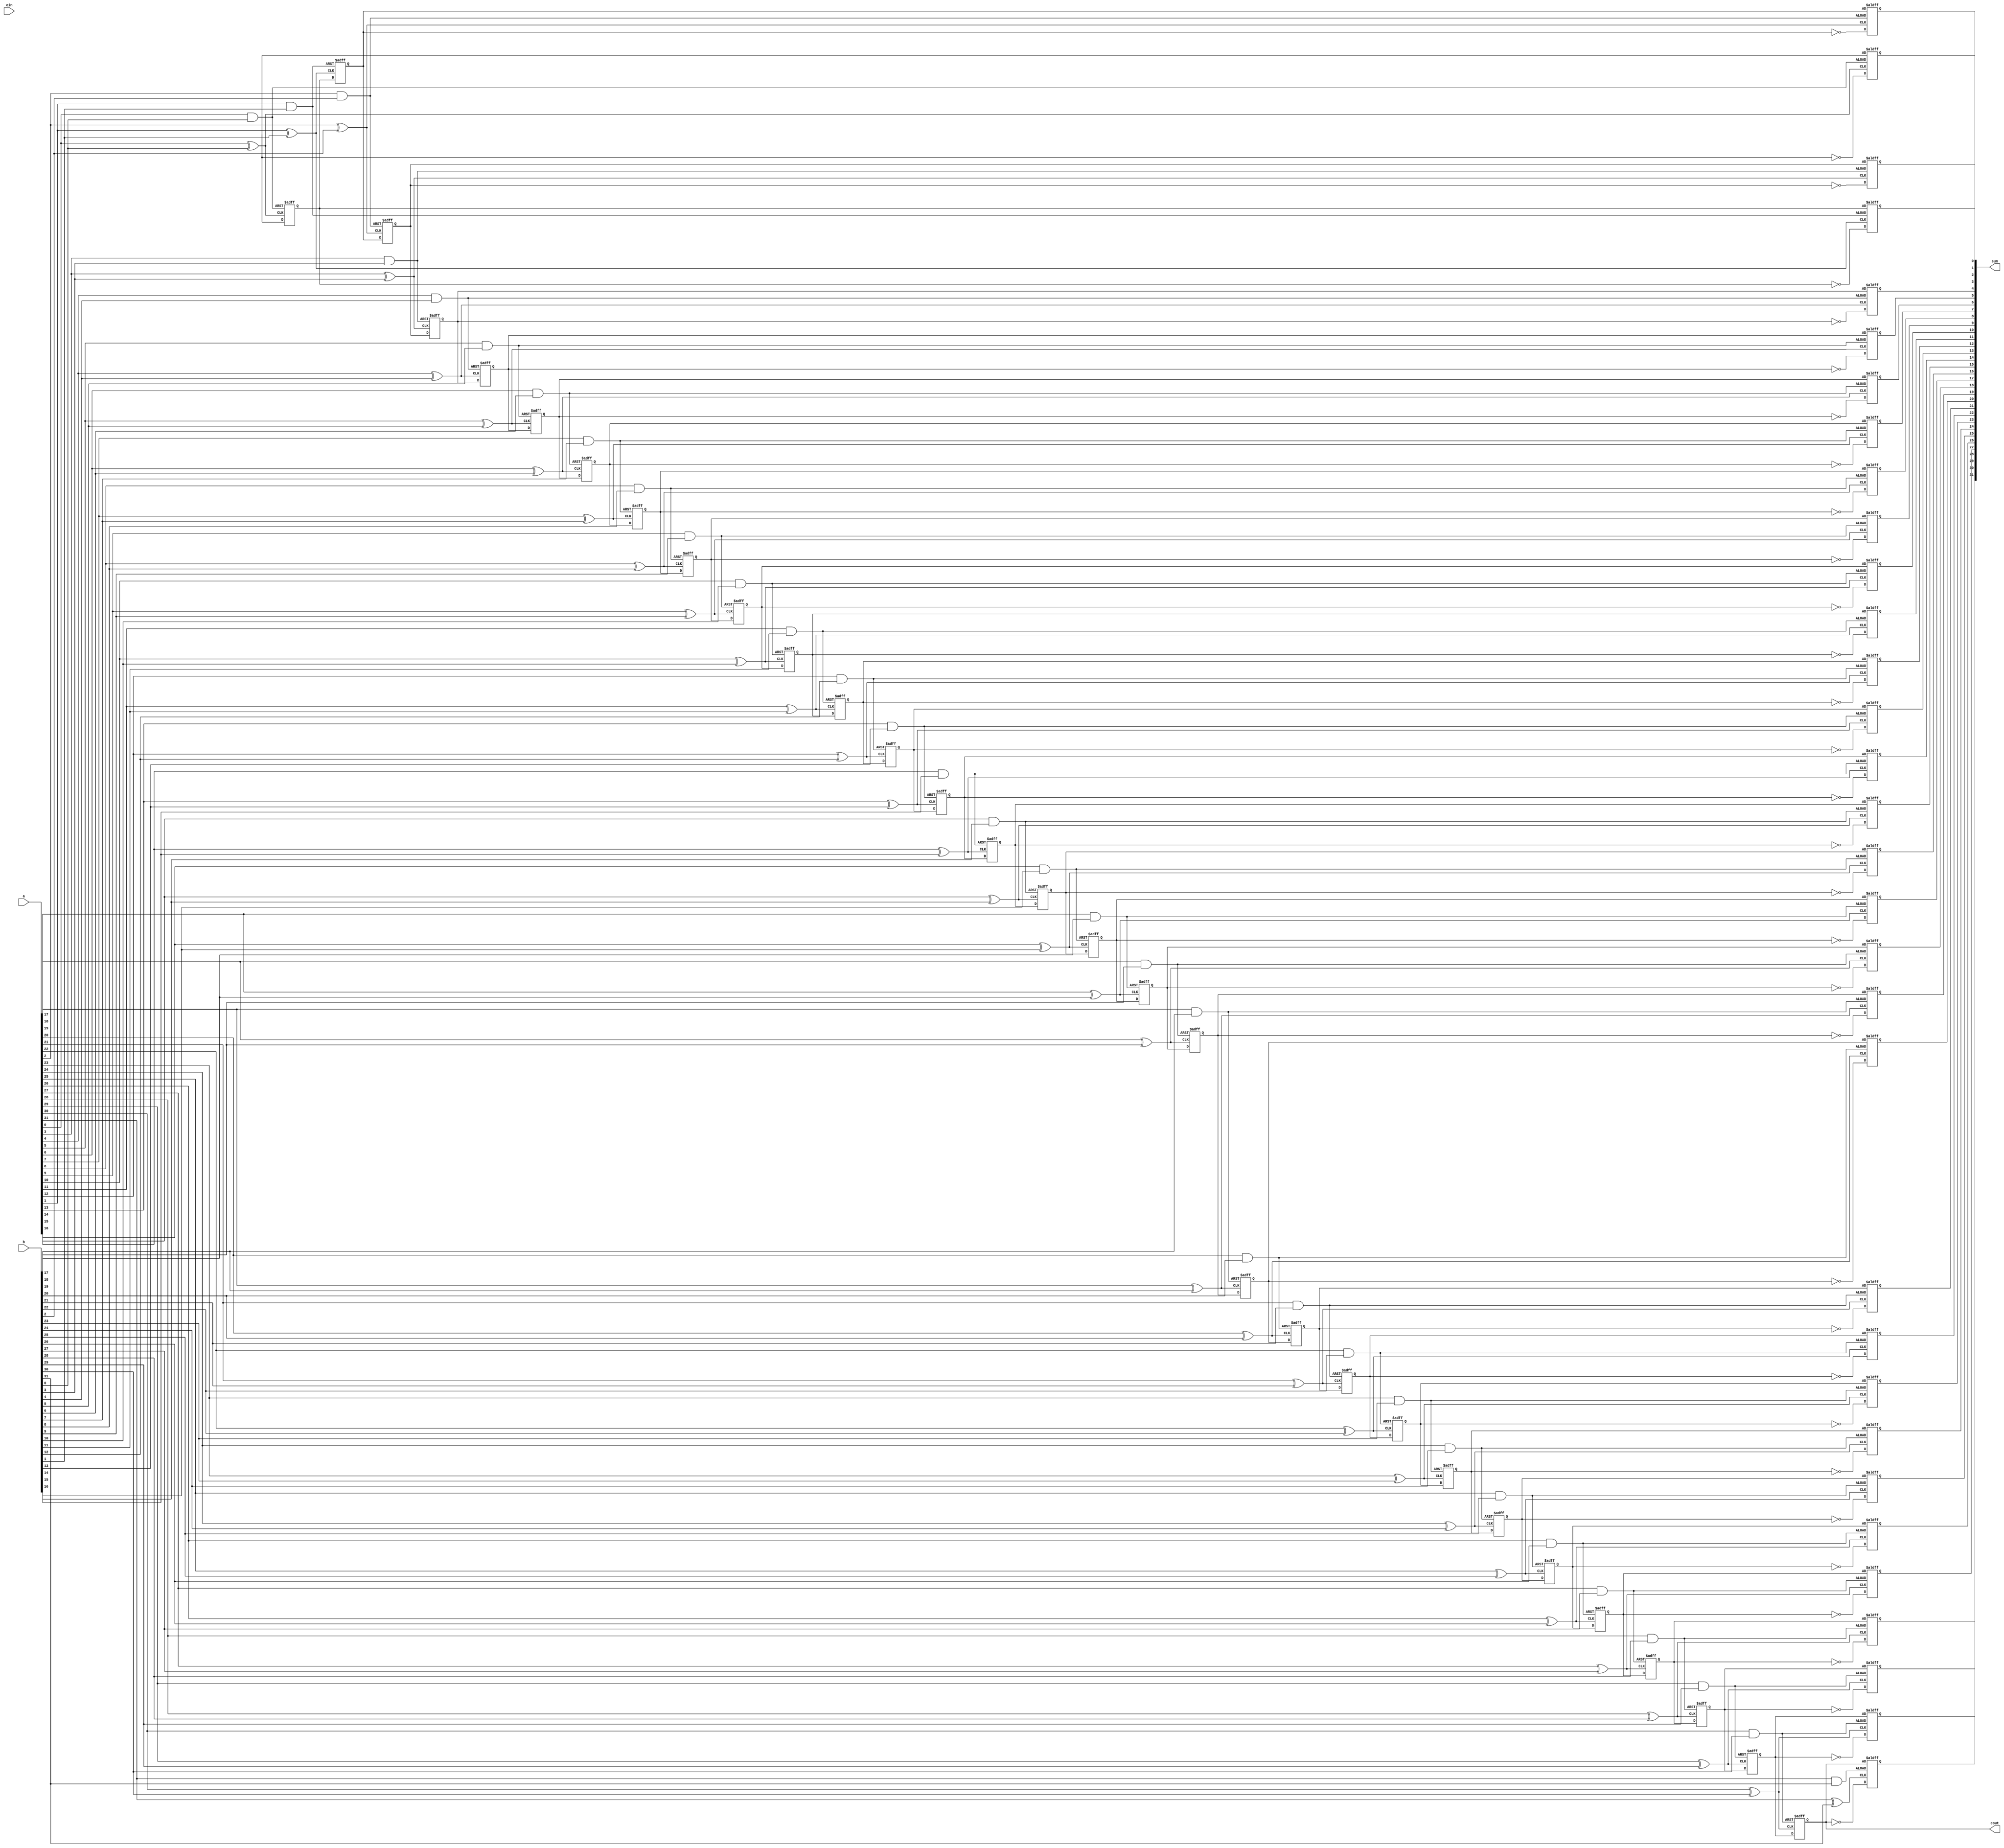
module carry_bypass_adder (
    input [31:0] a,
    input [31:0] b,
    input cin,
    output reg [31:0] sum,
    output cout
);

reg [31:0] p, g, s, c;

generate
    genvar i;
    for (i = 0; i < 32; i = i + 1) begin
        assign p[i] = a[i] ^ b[i];
        assign g[i] = a[i] & b[i];
        always @(posedge p[i] or posedge g[i]) begin
            if (g[i] == 1'b1) begin
                s[i] <= c[i];
                c[i+1] <= 1'b1;
            end else if (p[i] == 1'b1) begin
                s[i] <= ~c[i];
                c[i+1] <= c[i];
            end else begin
                s[i] <= c[i];
                c[i+1] <= 1'b0;
            end
        end
    end
endgenerate

assign sum = s;
assign cout = c[31];

endmodule